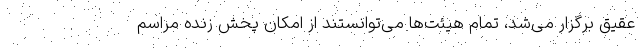
عقیق برگزار می‌شد، تمام هیئت‌ها می‌توانستند از امکان پخش زنده مراسم